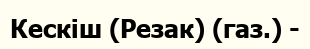
Кескіш (Резак) (газ.) -